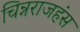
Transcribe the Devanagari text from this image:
चिन्नराजहंस